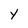
Character: Y